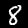
Label: 8